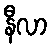
နီလာ